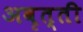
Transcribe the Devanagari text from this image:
अवृत्ती